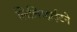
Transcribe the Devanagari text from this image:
लिलिव्हाईटने